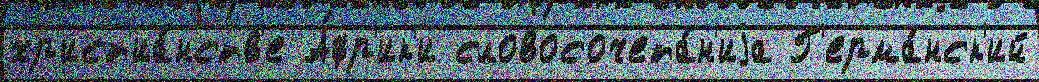
хр'ист'иа́нств'е А́фр'ик'и словосочета́н'иjа Г'ерма́нск'ий